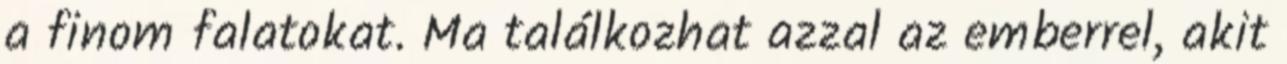
a finom falatokat. Ma találkozhat azzal az emberrel, akit